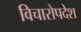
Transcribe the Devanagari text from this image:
विचारोपदेश